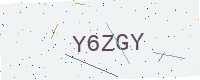
Text: Y6ZGY